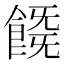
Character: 𩜚